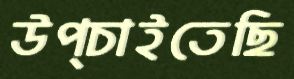
উপ্‌চাইতেছি